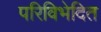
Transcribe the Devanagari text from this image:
परिविभेदित